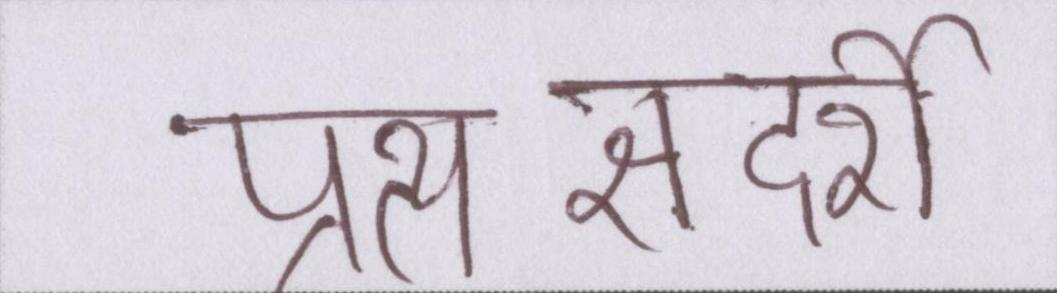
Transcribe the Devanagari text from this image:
प्रत्यक्षदर्शी